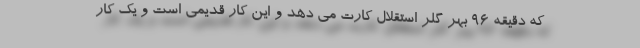
که دقیقه ۹۶ بهر گلر استقلال کارت می دهد و این کار قدیمی است و یک کار